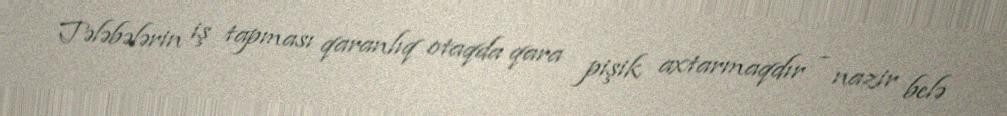
Tələbələrin iş tapması qaranlıq otaqda qara pişik axtarmaqdır - nazir belə